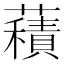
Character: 𧂐